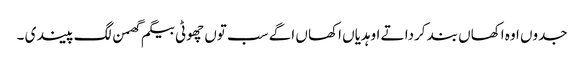
جدوں اوہ اکھاں بند کردا تے اوہدیاں اکھا ں اگے سب توں چھوٹی بیگم گھمن لگ پیندی ۔